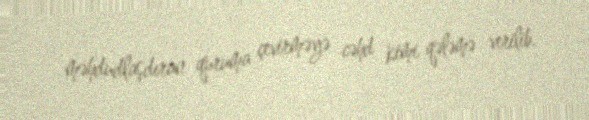
məhdudlaşdıran quruma çevirməyə cəhd kimi qələmə verilib.